Leaving Certificate Examination (including Day School Certificate (Higher) General paper), 1931
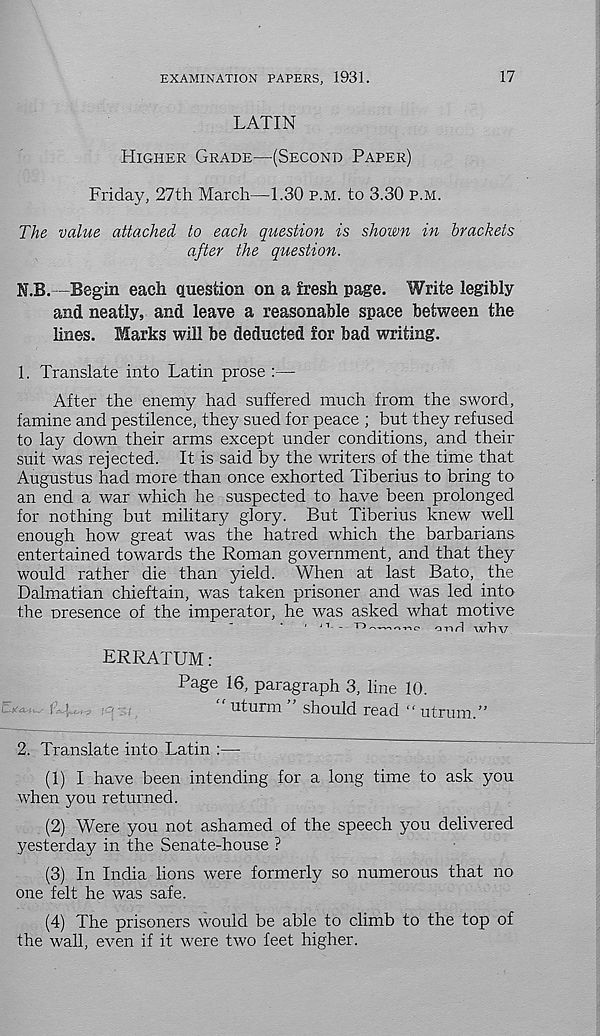
EXAMINATION PAPERS, 1931.
17
LATIN
HIGHER GRADE—(SECOND PAPER)
Friday, 27th March—1.30 P.M. to 3.30 P.M.
The value attached to each question is shown in brackets
after the question.
N.B.—Begin each question on a fresh page. Write legibly
and neatly, and leave a reasonable space between the
lines. Marks will be deducted for bad writing.
1. Translate into Latin prose :—
After the enemy had suffered much from the sword,
famine and pestilence, they sued for peace ; but they refused
to lay down their arms except under conditions, and their
suit was rejected. It is said by the writers of the time that
Augustus had more than once exhorted Tiberius to bring to
an end a war which he suspected to have been prolonged
for nothing but military glory. But Tiberius knew well
enough how great was the hatred which the barbarians
entertained towards the Roman government, and that they
would rather die than yield. When at last Bato, the
Dalmatian chieftain, was taken prisoner and was led into
the presence of the imperator, he was asked what motive
i J i- _ m>
<- > m o o-nrl wliv
ERRATUM:
Page 16, paragraph 3, line 10.
“ uturm ” should read “ utrum.”
2. Translate into Latin :—
(1) I have been intending for a long time to ask you
when you returned.
(2) Were you not ashamed of the speech you delivered
yesterday in the Senate-house ?
(3) In India lions were formerly so numerous that no
one felt he was safe.
(4) The prisoners would be able to climb to the top of
the wall, even if it were two feet higher.